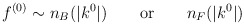
\begin{align*}f^{(0)} \sim n_{B}(|k^{0}|)\qquad {\rm or}\qquad n_{F}(|k^{0}|)\end{align*}